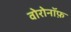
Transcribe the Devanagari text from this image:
वोरोनॉफ़